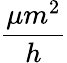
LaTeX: \frac{\mu m^{2}}{h}